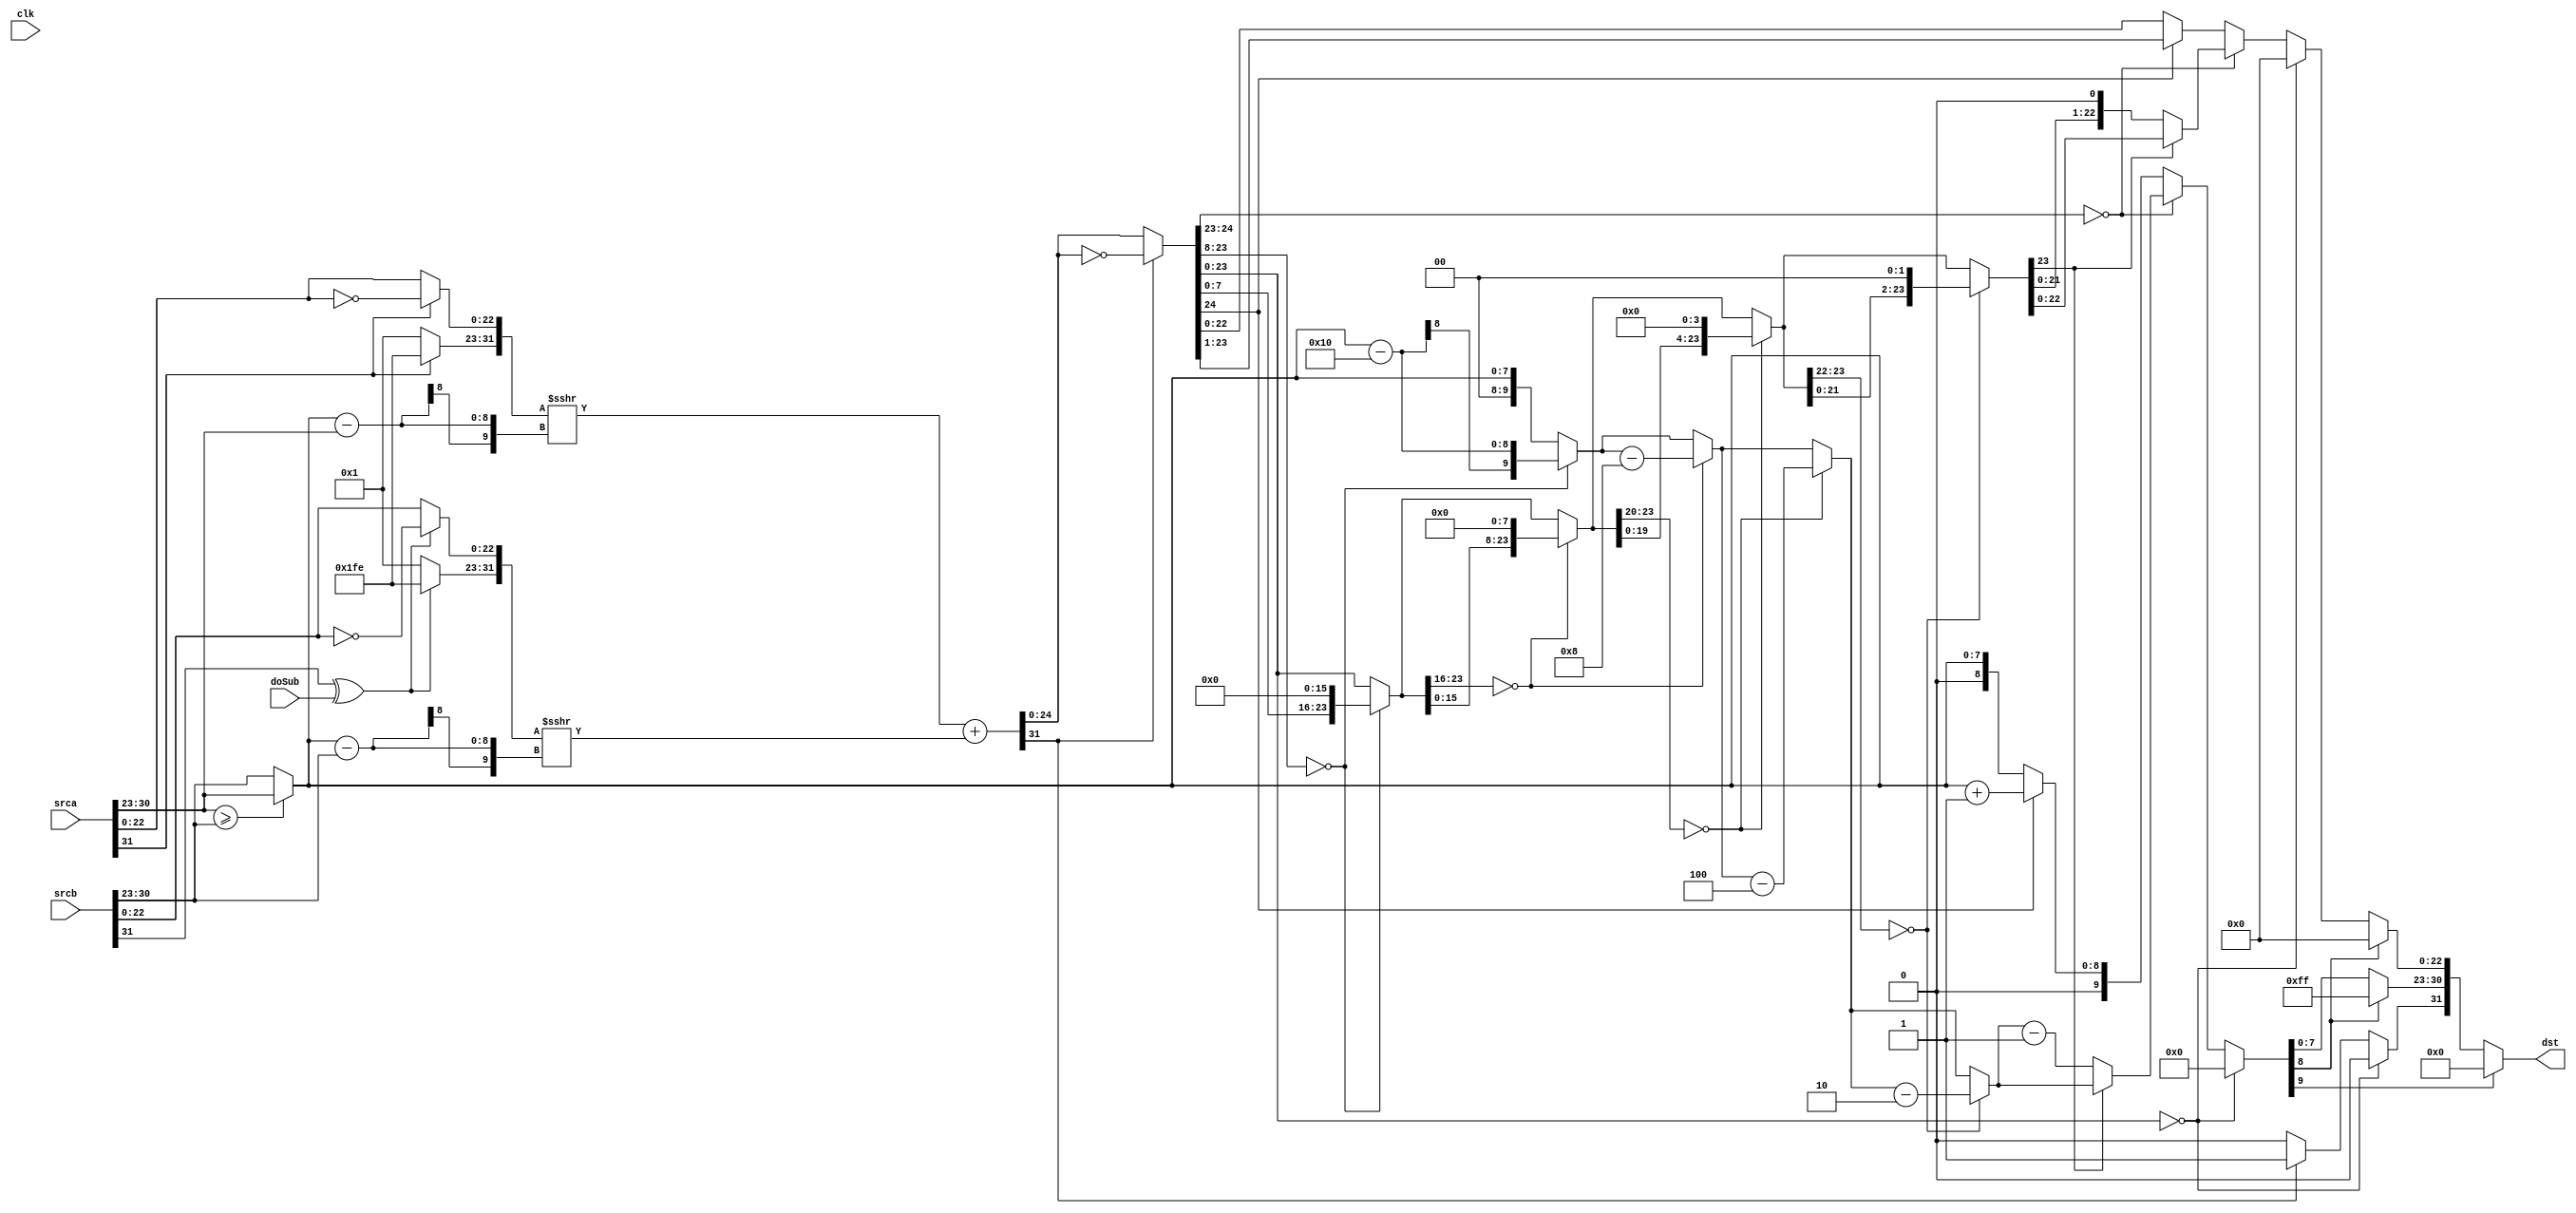
module FpuFp32_Add(
	/* verilator lint_off UNUSED */
	clk,
	doSub,
	srca,
	srcb,
	dst
);

input			clk;
input			doSub;
input[31:0]		srca;
input[31:0]		srcb;
output[31:0]	dst;

reg sgna;
reg sgnb;
reg sgnc;

reg[9:0] exa;
reg[9:0] exb;
reg[9:0] exc;
reg[9:0] exm;

reg[31:0] tFracA;
reg[31:0] tFracB;
reg[31:0] tFracC;
// reg[22:0] tFracC;
reg[31:0] tFracA1;
reg[31:0] tFracB1;
reg[31:0] tFracC1;

// reg[31:0] tFracA2;
// reg[31:0] tFracB2;
reg[31:0] tFracC2;

reg[31:0] tFracC2_A;	//16
reg[31:0] tFracC2_B;	//8
reg[31:0] tFracC2_C;	//4
reg[31:0] tFracC2_D;	//2

reg[9:0] tExc_A;
reg[9:0] tExc_B;
reg[9:0] tExc_C;
reg[9:0] tExc_D;

always @ (clk) begin
	sgna=srca[31];
	sgnb=srcb[31];

	exa[7:0]=srca[30:23];
	exb[7:0]=srcb[30:23];
	exa[9:8]=0;
	exb[9:8]=0;

	exm=(exa>=exb)?exa:exb;

	if(sgna)
	begin
		tFracA[31:23]=~(9'h1);
		tFracA[22:0]=~(srca[22:0]);
	end
	else
	begin
		tFracA[31:23]=9'h1;
		tFracA[22:0]=srca[22:0];
	end

	if(sgnb^doSub)
	begin
		tFracB[31:23]=~(9'h1);
		tFracB[22:0]=~(srcb[22:0]);
	end
	else
	begin
		tFracB[31:23]=9'h1;
		tFracB[22:0]=srcb[22:0];
	end

	tFracA1=tFracA>>>(exm-exa);
	tFracB1=tFracB>>>(exm-exb);
	tFracC1=tFracA1+tFracB1;
	
	if(tFracC1[31])
	begin
		sgnc=1;
		tFracC2=~tFracC1;
	end
	else
	begin
		sgnc=0;
		tFracC2=tFracC1;
	end
	
	if(tFracC2[23:0]==0)
	begin
		sgnc=0;
		tFracC=0;
		exc=0;
	end
	else
		if(tFracC2[24:23]==0)
	begin
		if(tFracC2[23:8]==0)
		begin
			tFracC2_A=tFracC2<<16;
			tExc_A=exm-16;
		end
		else
		begin
			tFracC2_A=tFracC2;
			tExc_A=exm;
		end

		if(tFracC2_A[23:16]==0)
		begin
			tFracC2_B=tFracC2_A<<8;
			tExc_B=tExc_A-8;
		end
		else
		begin
			tFracC2_B=tFracC2_A;
			tExc_B=tExc_A;
		end
		
		if(tFracC2_B[23:20]==0)
		begin
			tFracC2_C=tFracC2_B<<4;
			tExc_C=tExc_B-4;
		end
		else
		begin
			tFracC2_C=tFracC2_B;
			tExc_C=tExc_B;
		end
		
		if(tFracC2_C[23:22]==0)
		begin
			tFracC2_D=tFracC2_C<<2;
			tExc_D=tExc_C-2;
		end
		else
		begin
			tFracC2_D=tFracC2_C;
			tExc_D=tExc_C;
		end

		if(tFracC2_D[23]==0)
		begin
			tFracC=tFracC2_D<<1;
			exc=tExc_D-1;
		end
		else
		begin
			tFracC=tFracC2_D;
			exc=tExc_D;
		end
	end
	else
	begin
		if(tFracC2[24])
		begin
			tFracC=tFracC2>>1;
			exc=exm+1;
		end
		else
		begin
			tFracC=tFracC2;
			exc=exm;
		end
	end
	
	if(exc[9])
	begin
		dst[31:0]=32'h0;
	end
	else if(exc[8])
	begin
		dst[31]=sgnc;
		dst[30:0]=31'h7F80_0000;
	end
	else
	begin
		dst[31]=sgnc;
		dst[30:23]=exc[7:0];
		dst[22:0]=tFracC[22:0];
	end
end

endmodule